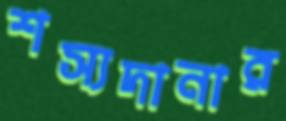
শস্যদানার